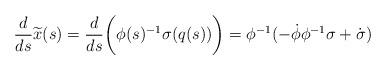
LaTeX: \begin{align*}\frac{d}{ds} \widetilde{x}(s) =\frac{d}{ds} \biggl( \phi(s)^{-1} \sigma(q(s)) \biggr)=\phi^{-1}( - \dot{\phi} \phi^{-1} \sigma+ \dot{\sigma})\end{align*}